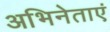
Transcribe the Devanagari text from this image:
अभिनेताएं